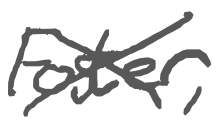
Text: Foster,
Cross-out: mix
Writing tool: digital_gray